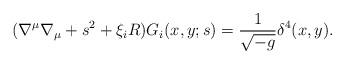
LaTeX: \begin{align*}(\nabla^{\mu}\nabla_{\mu}+s^{2}+\xi_{i} R)G_{i}(x,y;s) =\frac{1}{\sqrt{-g}}\delta^{4}(x,y).\end{align*}